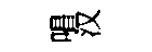
唱汉